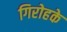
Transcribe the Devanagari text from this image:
गिरोहके